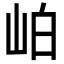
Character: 岶